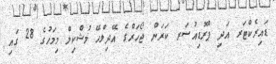
ޑައިރެކްޓަރ އަދި ޕްރޮޑިއުސަރ ކަރަން ޖޯހަރްގެ އޭދިލްހޭ މުޝްކިލް މިމަހުގެ 28 ގައި